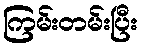
ကြမ်းတမ်းပြီး